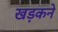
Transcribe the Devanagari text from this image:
खड़कने